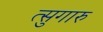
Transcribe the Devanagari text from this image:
त्सुगारु